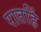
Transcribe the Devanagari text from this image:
रातहिं